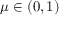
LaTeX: \mu \in ( 0 , 1 )